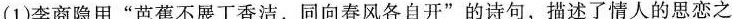
(1)李商隐用”芭蕉不展丁香洁，同向春风各自开”的诗句，描述了情人的思恋之